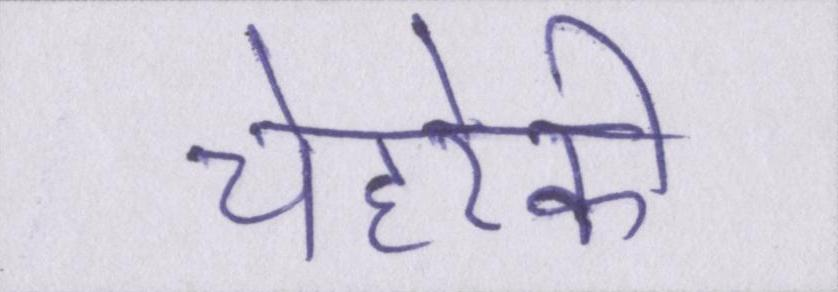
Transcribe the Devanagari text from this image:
चेहरेकी